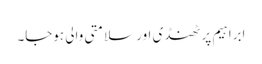
ابراہیم پر ٹھنڈی اور سلامتی والی ہوجا۔